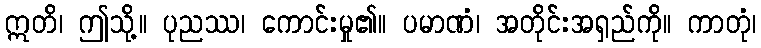
ဣတိ၊ ဤသို့။ ပုညဿ၊ ကောင်းမှု၏။ ပမာဏံ၊ အတိုင်းအရှည်ကို။ ကာတုံ၊